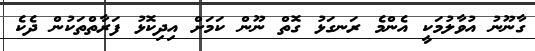
ގާނޫނު އުވާލުމަކީ އެންމެ ރަނގަޅު ގޮތް ނޫން ކަމަށް އިދިކޮޅު ފަރާތްތަކުން ދެކެ